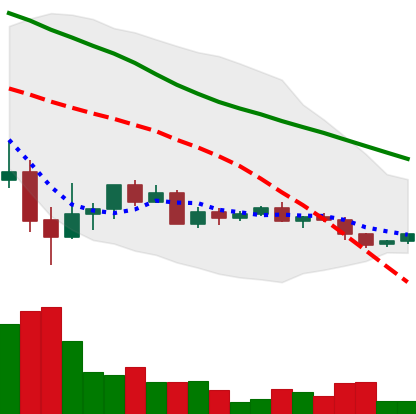
Ticker: ADA-USD
Chart end date: 2022-05-29
Forward return: 16.323%
Label: up_7plus